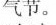
气节。